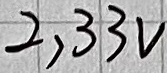
Text: 2,33V